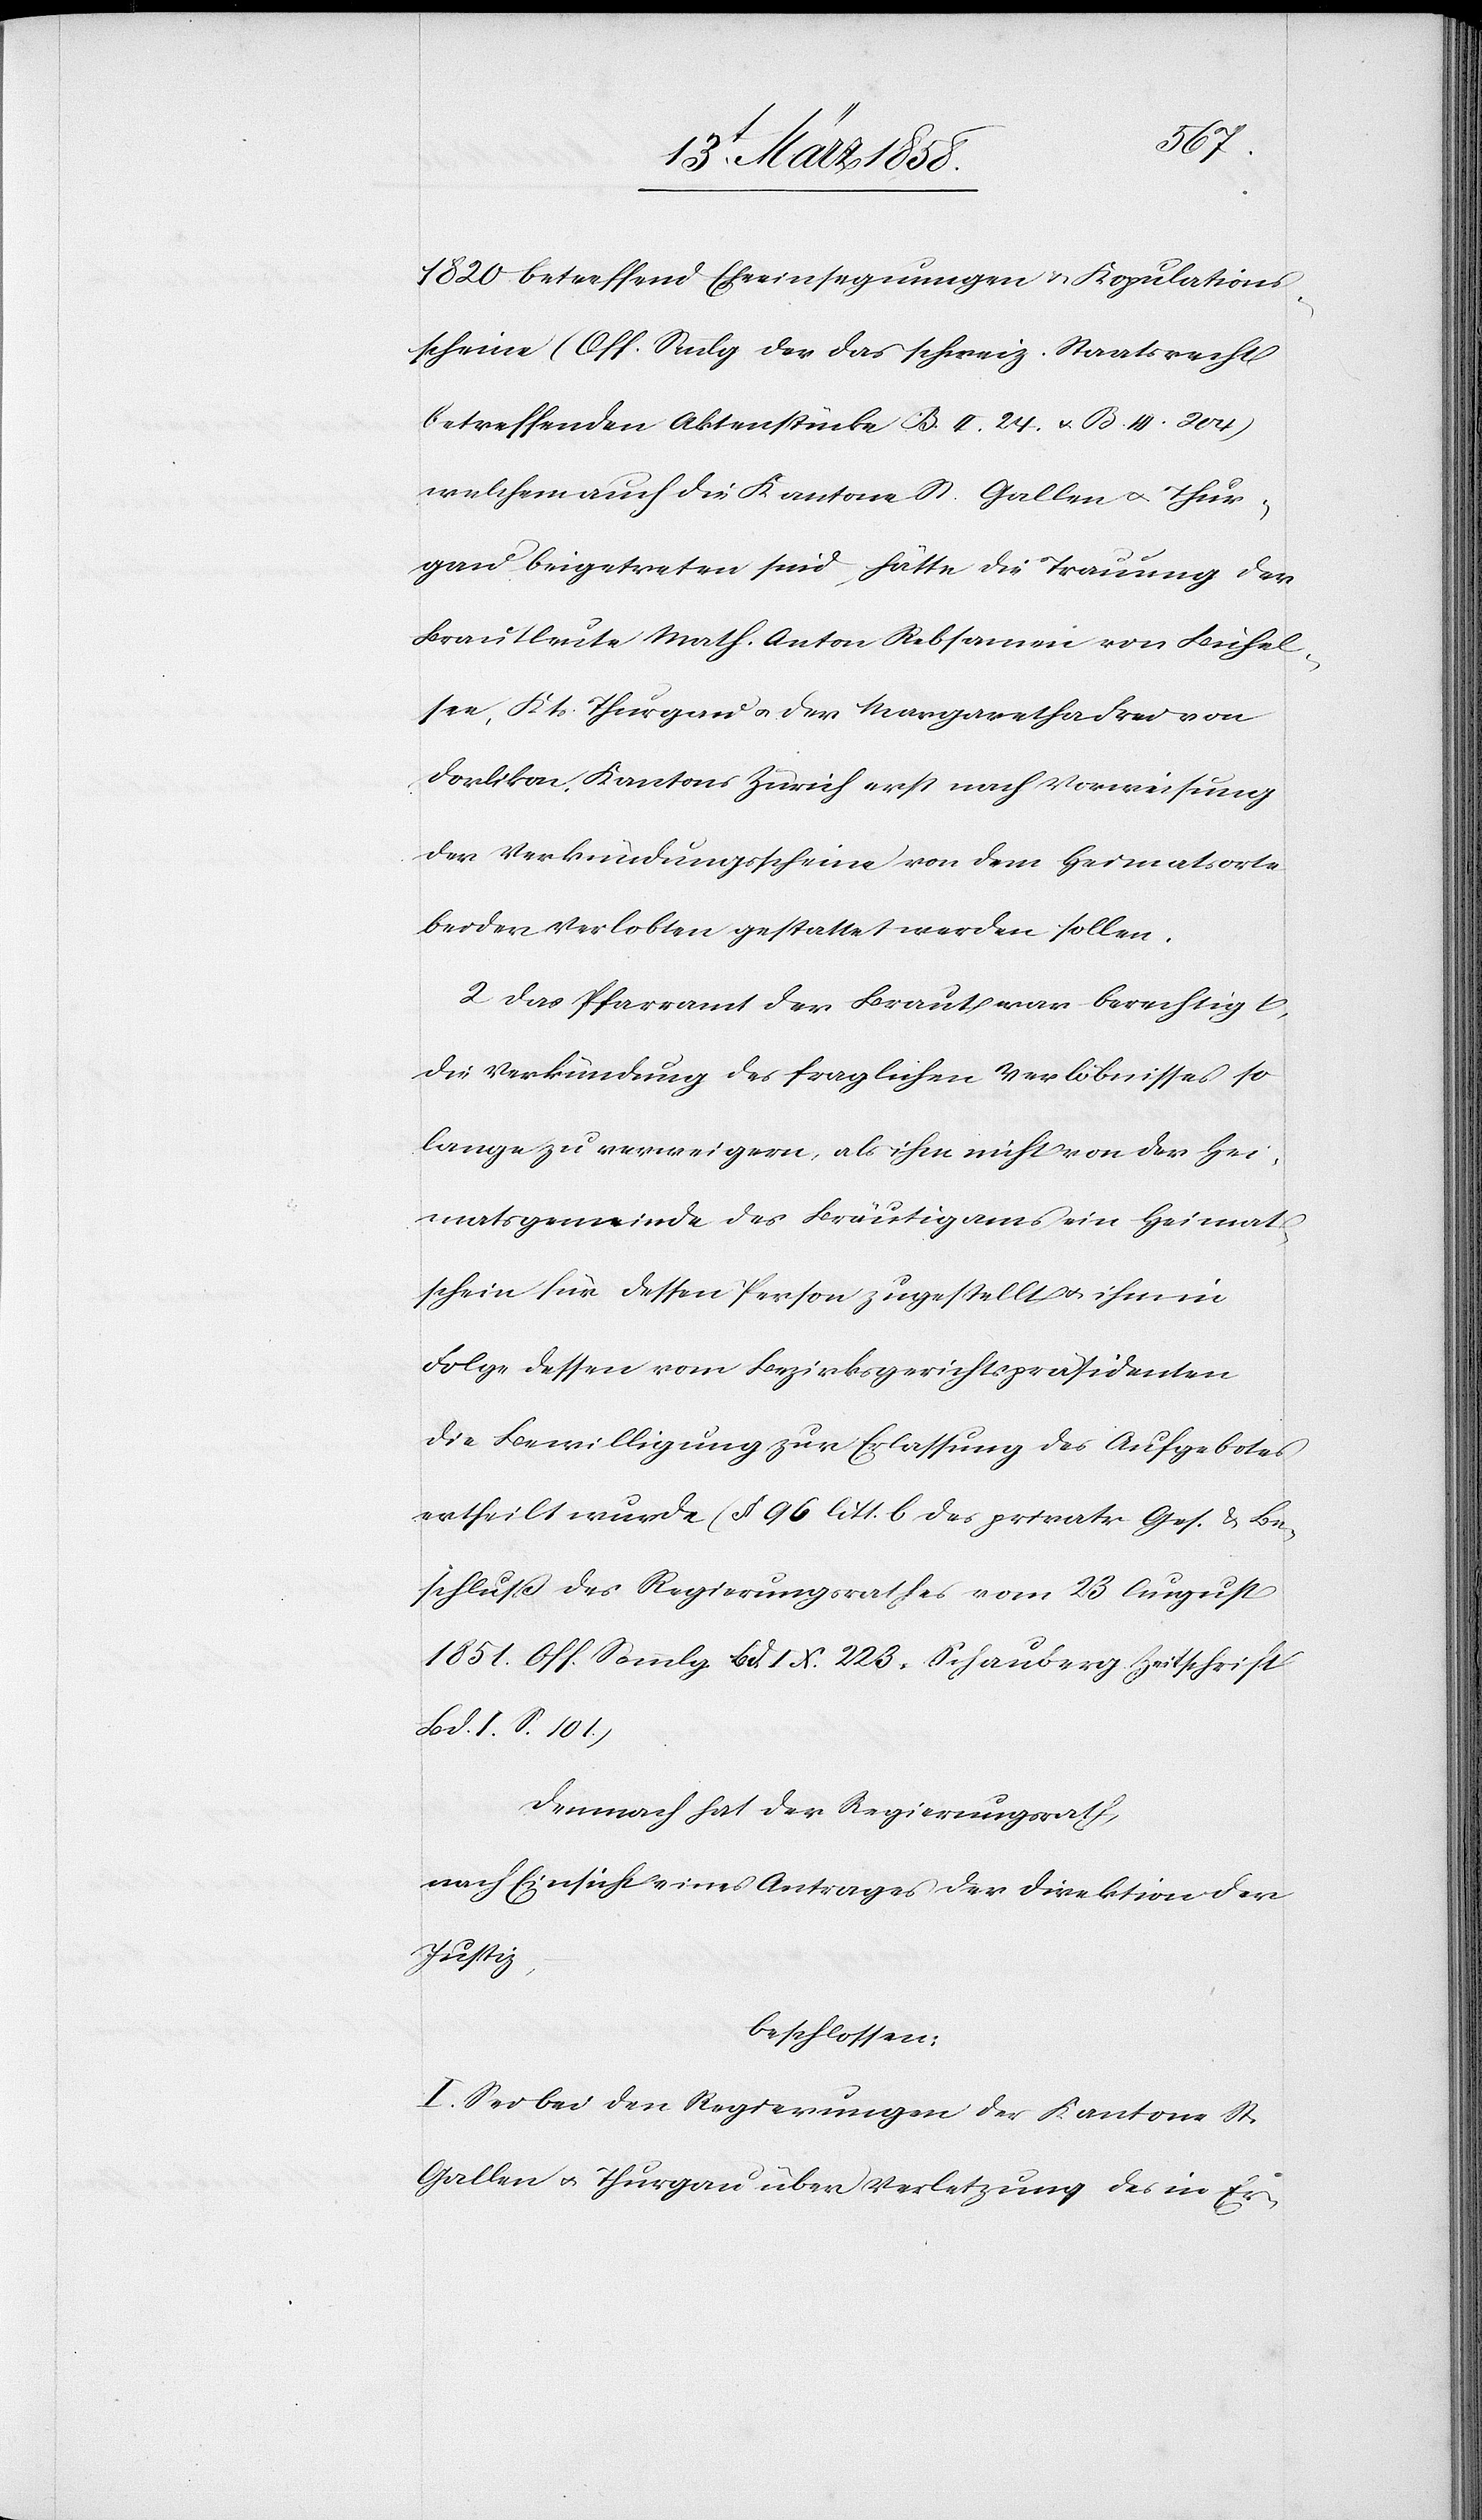
1820 betreffend Eheeinsegnungen u. Kopulations¬
scheine (Off. Smml.g der das schweiz. Staatsrecht
betreffenden Aktenstücke B. II 24 u. B. III 204)
welchem auch die Kantone St. Gallen u. Thur¬
gau beigetreten sind, hätte die Trauung der
Brautleute Math. Anton Rebsamen von Bichel¬
see, Kts. Thurgau u. der Margaretha Frei von
Dorlikon, Kantons Zürich erst nach Vorweisung
der Verkündungsscheine von dem Heimatsorte
beider Verlobten gestattet werden sollen.
2. Das Pfarramt der Braut war berechtigt,
die Verkündung des fraglichen Verlöbnisses so
lange zu verweigern, als ihm nicht von der Hei¬
matsgemeinde des Bräutigams ein Heimat¬
schein für dessen Person zugestellt u. ihm in
Folge dessen vom Bezirksgerichtspräsidenten
die Bewilligung zur Erlassung des Aufgebotes
ertheilt wurde (§ 96 litt. b des privatr. Ges. u. Be¬
schluß des Regierungsrathes vom 23. August
1851. Off. Sammlg. Bd. IX 223 Schauberg Zeitschrift
Bd. I. S. 101)
Demnach hat der Regierungsrath,
nach Einsicht eines Antrages der Direktion der
Justiz,
beschlossen:
I. Sei bei den Regierungen der Kantone St.
Gallen u. Thurgau über Verletzung des in Er-